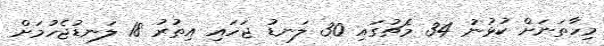
މިހާތަނަށް ކުޅުނު 34 މެޗުގައި 30 ލަނޑު ޖަހައި އިތުރު 18 ލަނޑުޖެހުމަށް